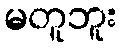
မတူဘူး